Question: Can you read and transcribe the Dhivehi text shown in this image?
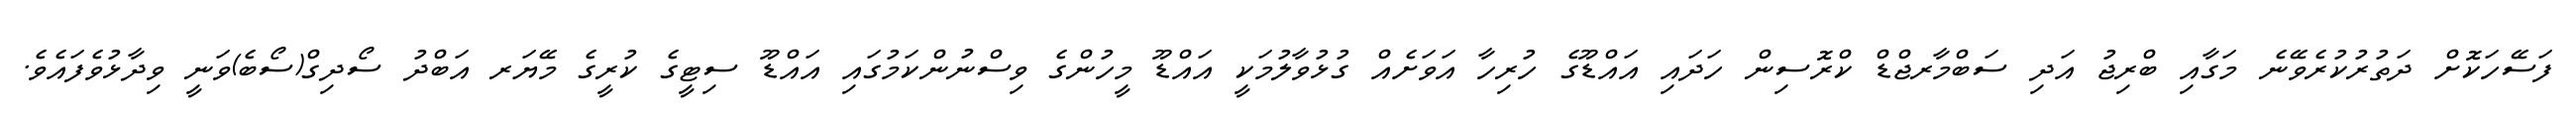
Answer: ފަސޭހަކޮށް ދަތުރުކުރެވޭނެ މަގާއި ބްރިޖު އަދި ސަބްމާރޖްޑް ކްރޮސިން ހަދައި އައްޑޫގެ ހުރިހާ އަވަށެއް ގުޅުވާލުމަކީ އައްޑޫ މީހުންގެ ވިސްނުންކަމުގައި އައްޑޫ ސިޓީގެ ކުރީގެ މޭޔަރ އަބްދު ސޯދިގް(ސޯބެ)ވަނީ ވިދާޅުވެފައެވެ.